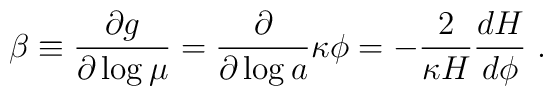
\beta \equiv {\partial g \over \partial \log \mu}={\partial \over \partial \log a} \kappa \phi =-{2 \over \kappa H}  {d H \over {d\phi}}~.